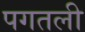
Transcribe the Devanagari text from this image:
पगतली